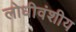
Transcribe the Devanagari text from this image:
लोधीवंशीय